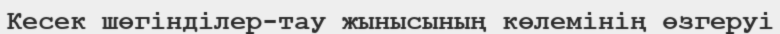
Кесек шөгінділер-тау жынысының көлемінің өзгеруі